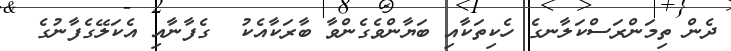
ދެން ތިމަންރަސްކަލާނގެ ހެކިތަކާއި ބަޔާންވެގެންވާ ބާރަކާއެކު  ގެފާނާއި އެކަލޭގެފާނުގެ